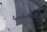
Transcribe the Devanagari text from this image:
५०००च्यावर